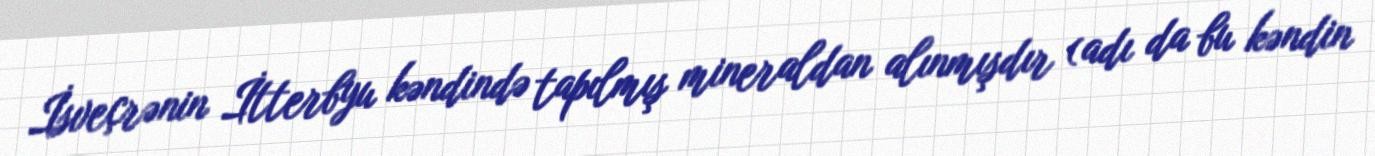
İsveçrənin İtterbyu kəndində tapılmış mineraldan alınmışdır (adı da bu kəndin